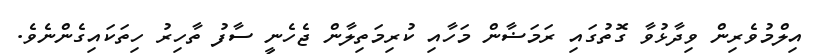
އިލްމުވެރިން ވިދާޅުވާ ގޮތުގައި ރަމަޟާން މަހާއި ކުރިމަތިލާން ޖެހެނީ ސާފު ތާހިރު ހިތަކައިގެންނެވެ.